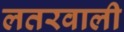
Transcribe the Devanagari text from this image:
लतरवाली